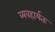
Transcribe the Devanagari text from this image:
व्यवहार्यतः